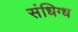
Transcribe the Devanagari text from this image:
संधिग्ध